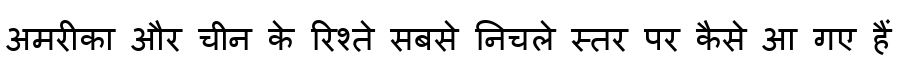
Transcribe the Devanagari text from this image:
अमरीका और चीन के रिश्ते सबसे निचले स्तर पर कैसे आ गए हैं